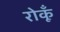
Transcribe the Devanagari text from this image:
रोकूँ